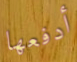
أدفعها